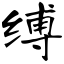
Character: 缚